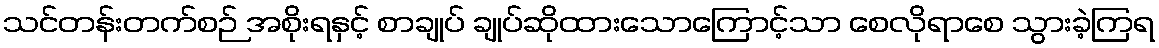
သင်တန်းတက်စဉ် အစိုးရနှင့် စာချုပ် ချုပ်ဆိုထားသောကြောင့်သာ စေလိုရာစေ သွားခဲ့ကြရ